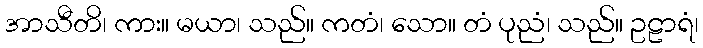
အာသီတိ၊ ကား။ မယာ၊ သည်။ ကတံ၊ သော။ တံ ပုညံ၊ သည်။ ဥဠာရံ၊